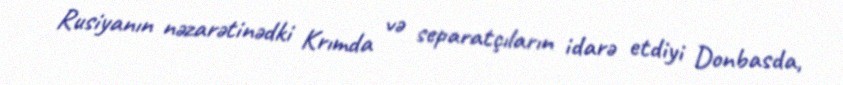
Rusiyanın nəzarətinədki Krımda və separatçıların idarə etdiyi Donbasda,